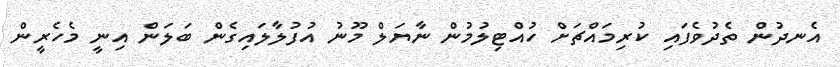
އެނދުން ތެދުވެފައި ކުރިމައްޗަށް ހުއްޓިލުމުން ނާޔަލް މޫނު އުފުލާލައިގެން ބަލަން އިނީ މެހެރީން